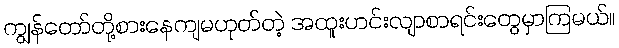
ကျွန်တော်တို့စားနေကျမဟုတ်တဲ့ အထူးဟင်းလျာစာရင်းတွေမှာကြမယ်။